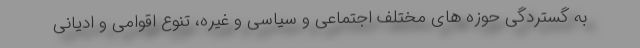
به گستردگی حوزه های مختلف اجتماعی و سیاسی و غیره، تنوع اقوامی و ادیانی